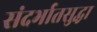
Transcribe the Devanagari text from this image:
संदर्भातसुद्धा